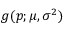
g ( p ; \mu , \sigma ^ { 2 } )